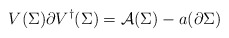
\begin{align*}V(\Sigma ) \partial V^{\dagger } (\Sigma ) ={\cal A} (\Sigma ) - a (\partial \Sigma )\end{align*}